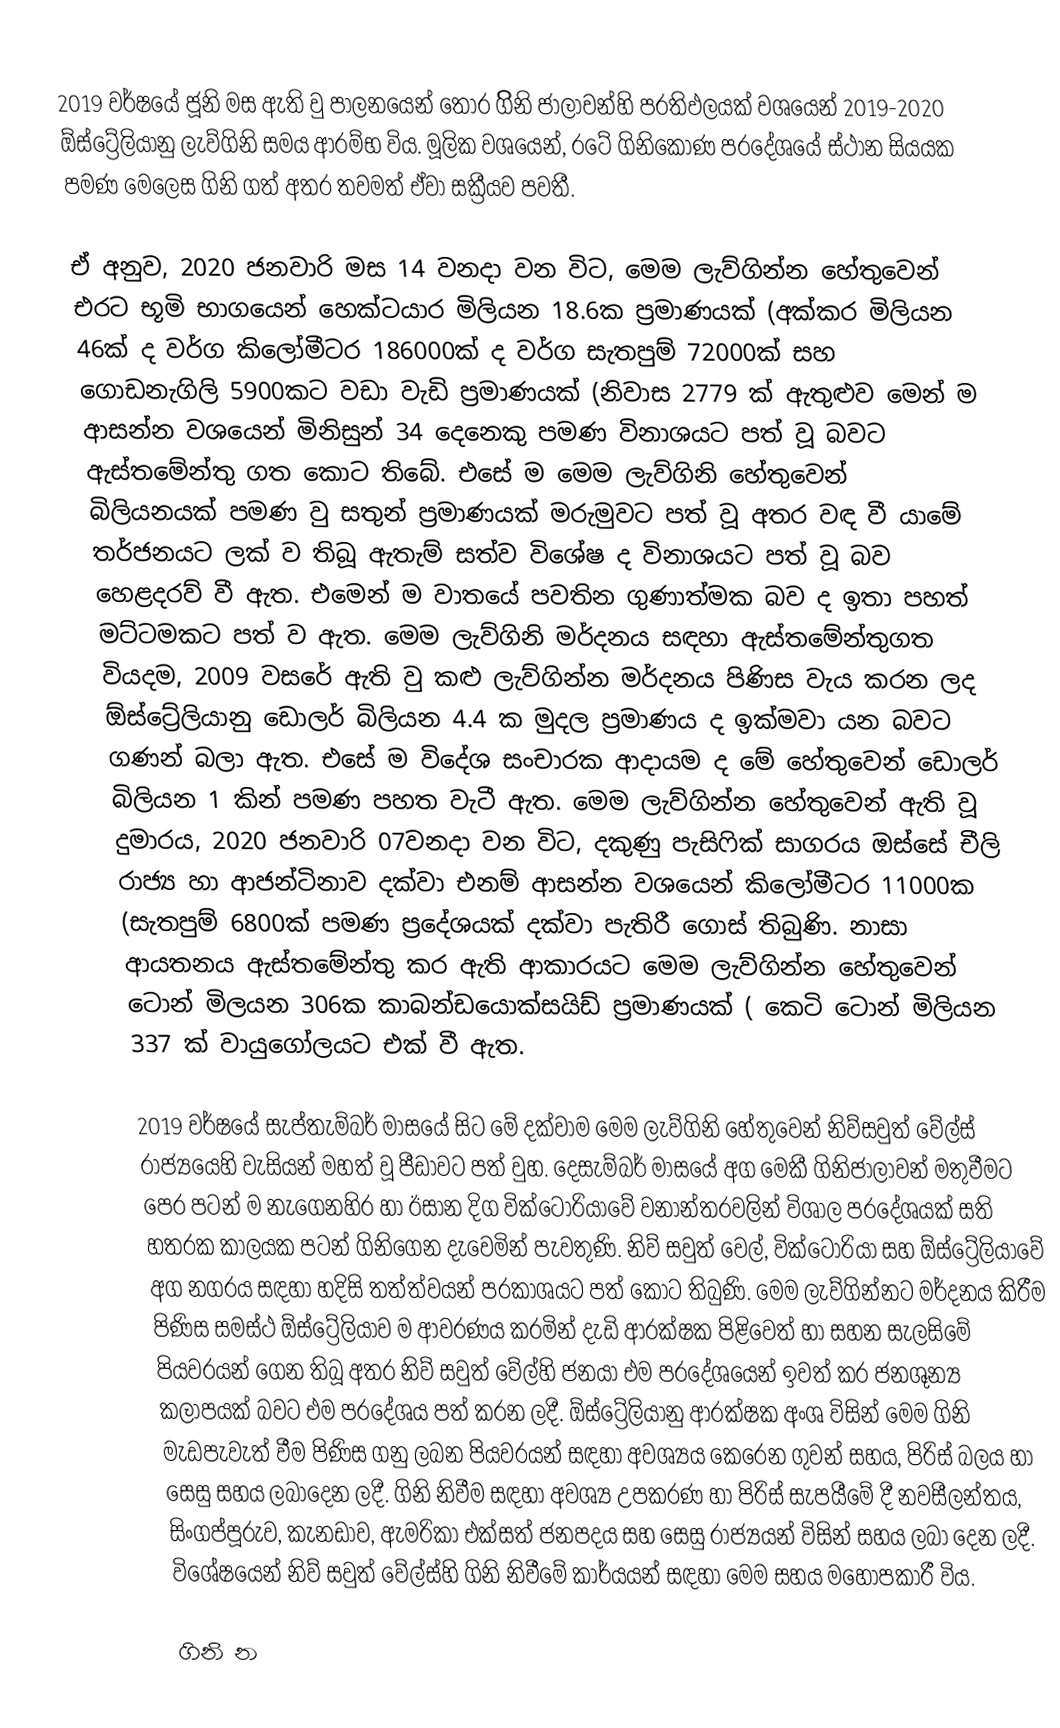
2019 වර්ෂයේ ජූනි මස ඇති වු පාලනයෙන් තොර ගිිනි ජාලාවන්හි ප‍්‍රතිඵලයක් වශයෙන් 2019-2020  ඕස්ට්‍රේලියානු ලැව්ගිනි සමය ආරම්භ විය. මූලික වශයෙන්, රටේ ගිනිකොණ ප‍්‍රදේශයේ ස්ථාන සියයක පමණ මෙලෙස ගිනි ගත් අතර තවමත් ඒවා සක්‍රීයව පවතී.

ඒ අනුව, 2020 ජනවාරි මස 14 වනදා වන විට, මෙම ලැව්ගින්න හේතුවෙන් එරට භූමි භාගයෙන් හෙක්ටයාර මිලියන 18.6ක ප‍්‍රමාණයක් (අක්කර මිලියන 46ක් ද වර්ග කිලෝමීටර 186000ක් ද වර්ග සැතපුම් 72000ක්  සහ  ගොඩනැගිලි 5900කට වඩා වැඩි ප‍්‍රමාණයක් (නිවාස 2779 ක් ඇතුළුව  මෙන් ම ආසන්න වශයෙන් මිනිසුන් 34 දෙනෙකු පමණ විනාශයට පත් වූ බවට ඇස්තමේන්තු ගත කොට තිබේ. එසේ ම මෙම ලැව්ගිනි හේතුවෙන් බිලියනයක් පමණ වු සතුන් ප‍්‍රමාණයක් මරුමුවට පත් වූ අතර වඳ වී යාමේ තර්ජනයට ලක් ව තිබූ ඇතැම් සත්ව විශේෂ ද විනාශයට පත් වූ බව හෙළදරව් වී ඇත. එමෙන් ම වාතයේ පවතින ගුණාත්මක බව ද  ඉතා පහත් මට්ටමකට පත් ව ඇත. මෙම ලැව්ගිනි මර්දනය සඳහා ඇස්තමේන්තුගත වියදම, 2009 වසරේ ඇති වු කළු ලැව්ගින්න මර්දනය පිණිස වැය කරන ලද  ඕස්ට්‍රේලියානු ඩොලර් බිලියන 4.4 ක මුදල ප‍්‍රමාණය ද ඉක්මවා යන බවට ගණන් බලා ඇත. එසේ ම විදේශ සංචාරක ආදායම ද මේ හේතුවෙන් ඩොලර් බිලියන 1 කින් පමණ පහත වැටී ඇත. මෙම ලැව්ගින්න හේතුවෙන් ඇති වූ දුමාරය, 2020 ජනවාරි 07වනදා වන විට, දකුණු පැසිෆික් සාගරය ඔස්සේ චීලි රාජ්‍ය හා ආජන්ටිනාව දක්වා එනම් ආසන්න වශයෙන් කිලෝමීටර 11000ක (සැතපුම් 6800ක්  පමණ ප‍්‍රදේශයක් දක්වා පැතිරී ගොස් තිබුණි. නාසා ආයතනය ඇස්තමේන්තු කර ඇති ආකාරයට මෙම ලැව්ගින්න හේතුවෙන් ටොන් මිලයන 306ක කාබන්ඩයොක්සයිඩ් ප‍්‍රමාණයක් ( කෙටි ටොන් මිලියන 337 ක් වායුගෝලයට  එක් වී ඇත.  

2019 වර්ෂයේ සැප්තැම්බර් මාසයේ සිට මේ දක්වාම මෙම ලැව්ගිනි හේතුවෙන් නිව්සවුත් වේල්ස් රාජ්‍යයෙහි වැසියන් මහත් වූ පීඩාවට පත් වුහ. දෙසැම්බර් මාසයේ අග මෙකී ගිනිජාලාවන් මතුවීමට පෙර පටන් ම නැගෙනහිර හා ඊසාන දිග වික්ටෝරියාවේ වනාන්තරවලින් විශාල ප‍්‍රදේශයක් සති හතරක කාලයක පටන් ගිනිගෙන දැවෙමින් පැවතුණි. නිව් සවුත් වෙල්, වික්ටෝරියා සහ  ඕස්ට්‍රේලියාවේ අග නගරය සඳහා හදිසි තත්ත්වයන් ප‍්‍රකාශයට පත් කොට තිබුණි. මෙම ලැව්ගින්නට මර්දනය කිරීම පිණිස සමස්ථ  ඕස්ට්‍රේලියාව ම ආවරණය කරමින් දැඩි ආරක්ෂක පිළිවෙත් හා සහන සැලසිමේ පියවරයන් ගෙන තිබූ අතර නිව් සවුත් වේල්හි ජනයා එම ප‍්‍රදේශයෙන් ඉවත් කර ජනශූන්‍ය කලාපයක් බවට එම ප‍්‍රදේශය පත් කරන ලදී.  ඕස්ට්‍රේලියානු ආරක්ෂක අංශ විසින් මෙම ගිනි මැඩපැවැත් වීම පිණිස ගනු ලබන පියවරයන් සඳහා අවශ්‍යය කෙරෙන ගුවන් සහය, පිරිස් බලය හා සෙසු සහය ලබාදෙන ලදී. ගිනි නිවීම සඳහා අවශ්‍ය උපකරණ හා පිරිස් සැපයීමේ දී නවසීලන්තය, සිංගප්පූරුව, කැනඩාව, ඇමරිකා එක්සත් ජනපදය සහ සෙසු රාජ්‍යයන් විසින් සහය ලබා දෙන ලදී. විශේෂයෙන් නිව් සවුත් වේල්ස්හි ගිනි නිවීමේ කාර්යයන් සඳහා මෙම සහය මහෝපකාරී විය.

ගිනි න